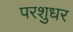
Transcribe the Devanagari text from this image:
परशुधर